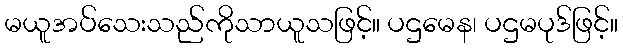
မယူအပ်သေးသည်ကိုသာယူသဖြင့်။ ပဌမေန၊ ပဌမပုဒ်ဖြင့်။